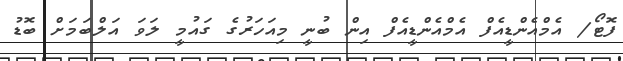
ފޮޓޯ/ އެމްއެންޑީއެފް އެމްއެންޑީއެފް އިން ބުނީ މިއަހަރުގެ ގައުމީ ލަވަ އަލްބަމަށް ބޮޑު